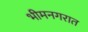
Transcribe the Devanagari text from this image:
भीमनगरात